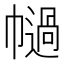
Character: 𢅗